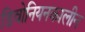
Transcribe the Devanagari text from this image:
डिवोनियनकालीन